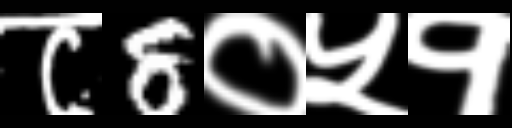
Text: ८8०५१